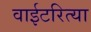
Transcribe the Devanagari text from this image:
वाईटरित्या